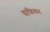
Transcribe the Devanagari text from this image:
ग्राफियन